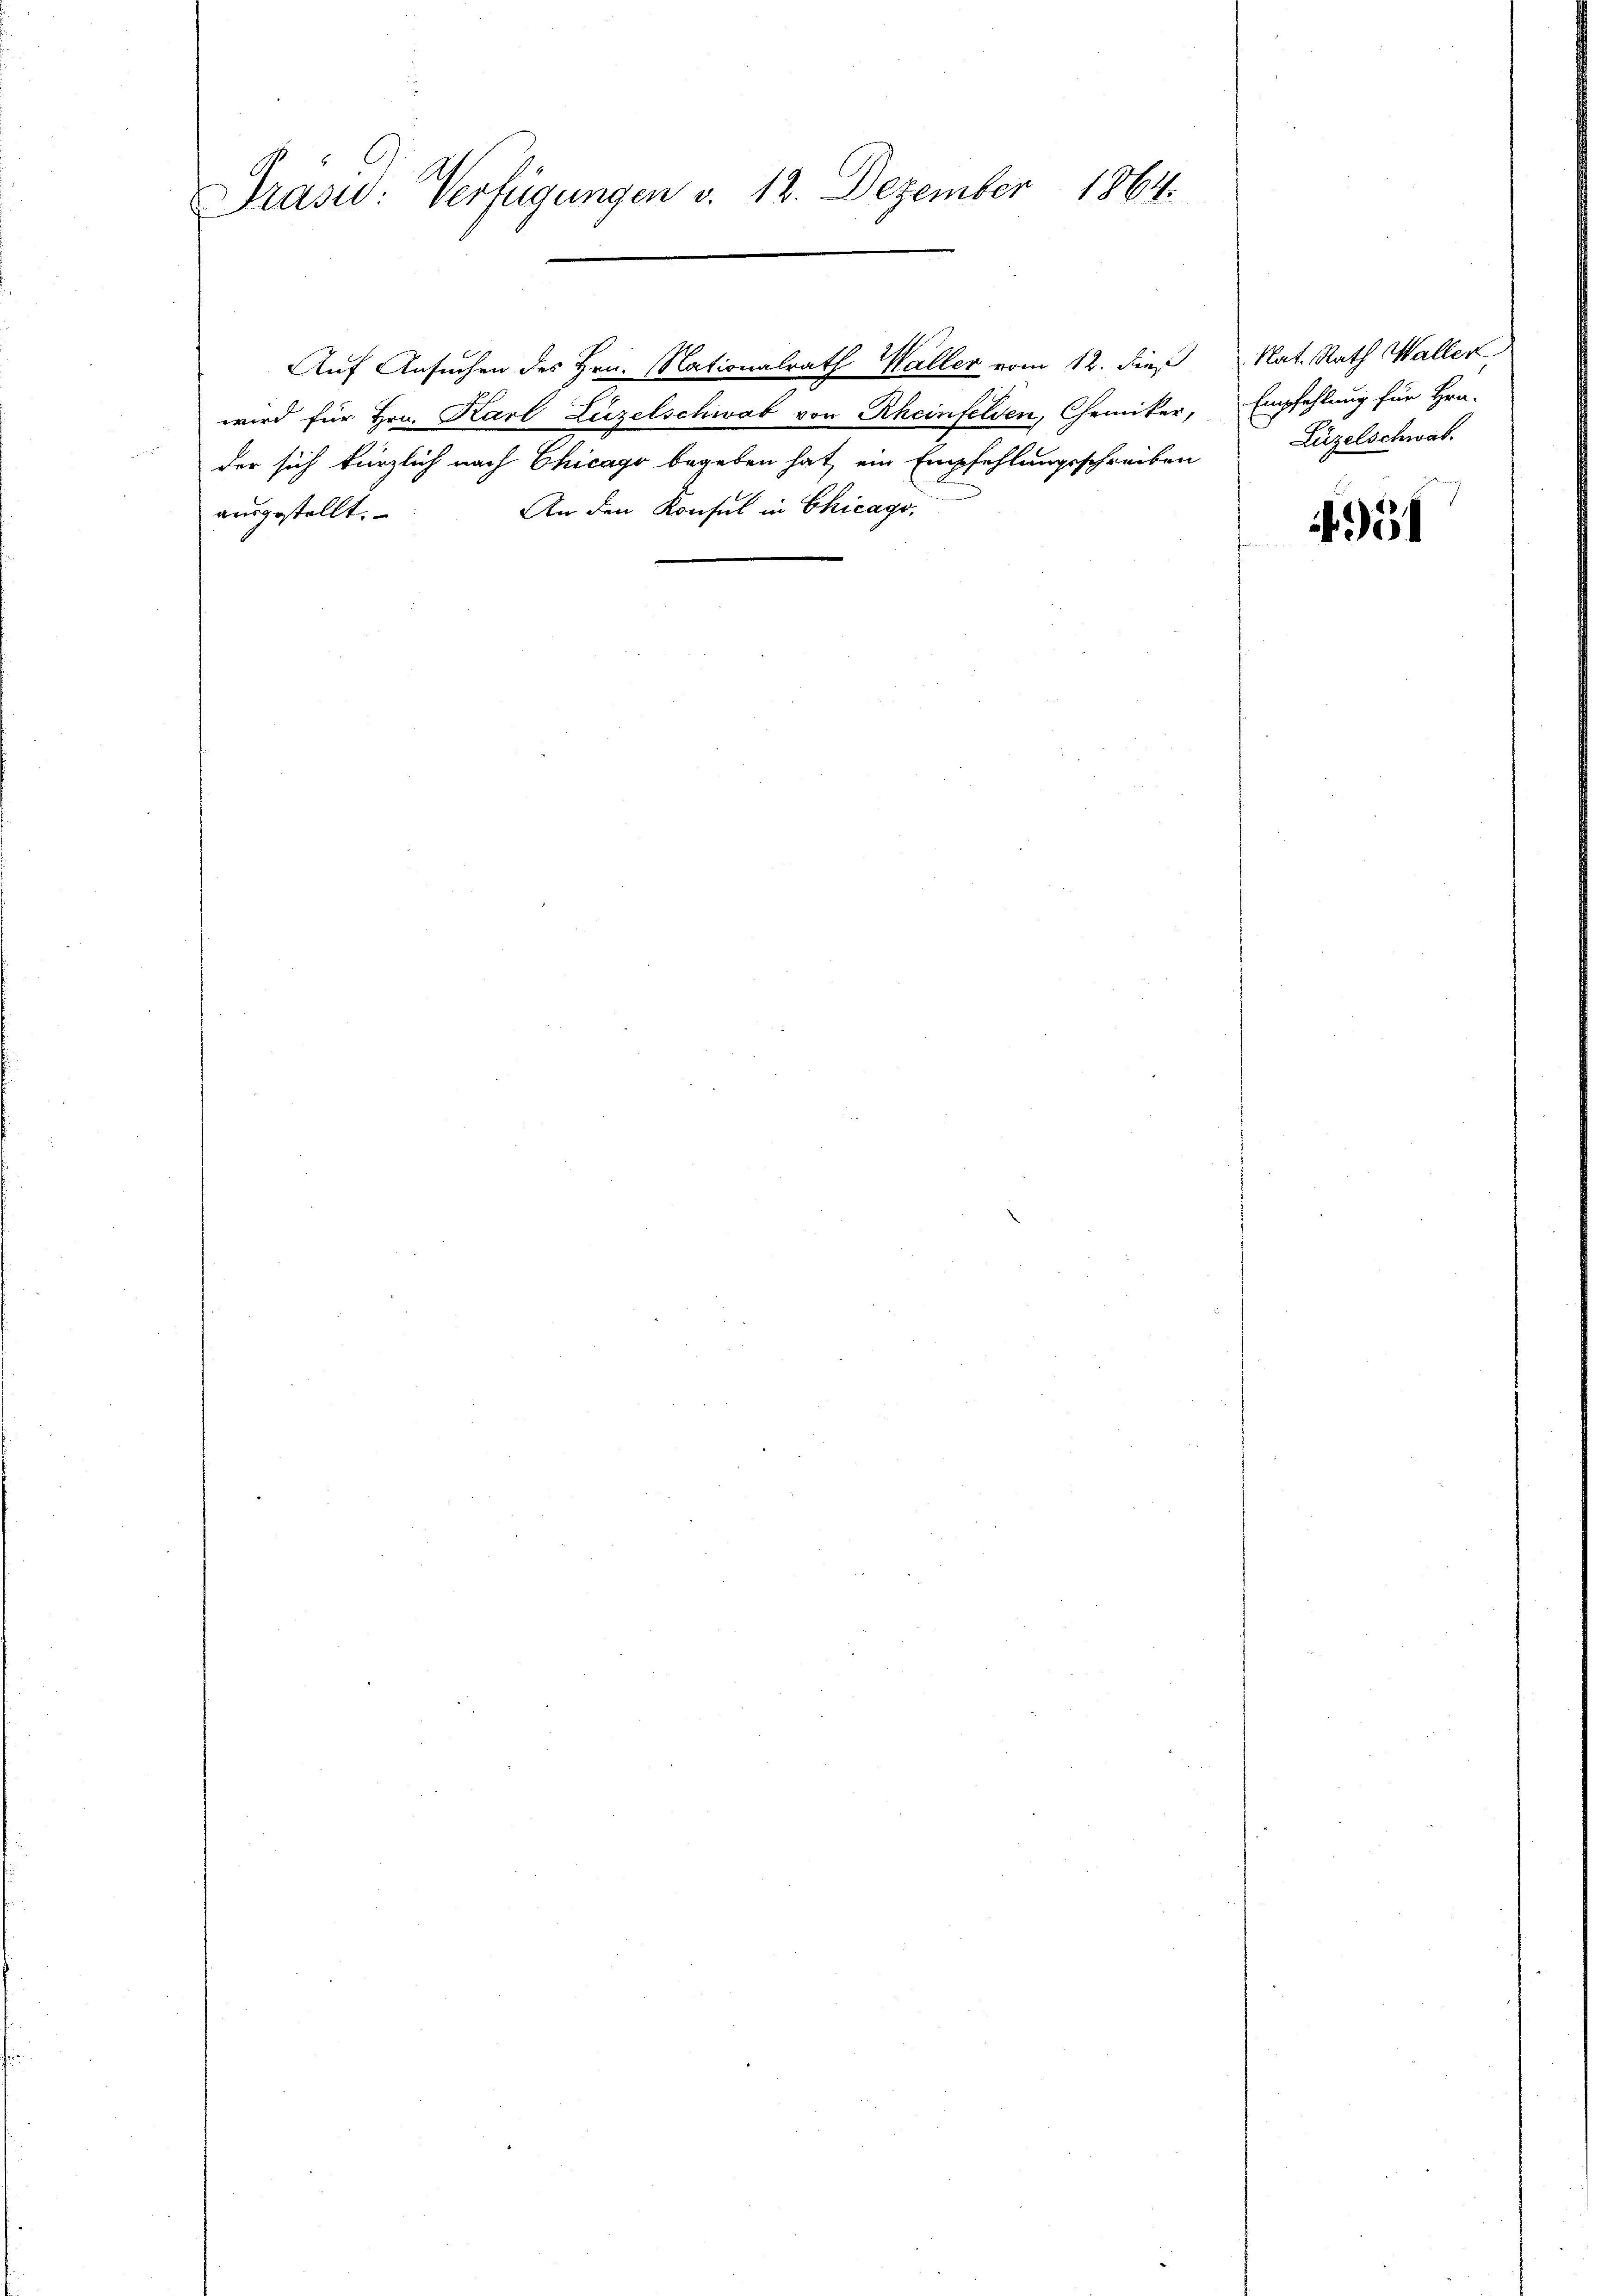
Präsid: Verfügungen v. 12. Dezember 1864.

Auf Ansuchen des Hrn. Nationalrath Waller vom 12. dieß
wird für Hrn. Karl Luzelschwab von Rheinfelden, Chemiker,
der sich kürzlich nach Chicago begeben hat, ein Empfehlungsschreiben
An den Konsul in Chicago,
ausgestellt.

Nat. Rath Waller
Empfehlung für Hra-
Lüzelschwab

951